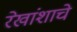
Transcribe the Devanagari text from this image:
रेखांशाचे